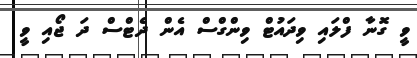
ވީ ގޮނާ ފްލައި ވިދައުޓް ވިންގްސް އެން ދެޓްސް ދަ ޖޯއި ވީ